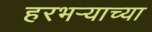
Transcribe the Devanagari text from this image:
हरभर्‍याच्या